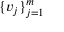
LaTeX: \{ v _ { j } \} _ { j = 1 } ^ { m }